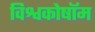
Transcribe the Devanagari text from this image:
विश्वकोषॉम